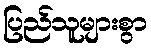
ပြည်သူများစွာ